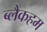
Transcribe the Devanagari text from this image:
ब्लैकहम